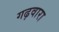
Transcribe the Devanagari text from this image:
गढ़वारा